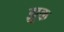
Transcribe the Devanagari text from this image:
झूक